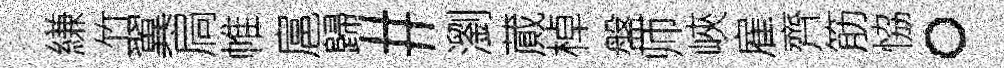
縑竹翼扃帷扈歸#瀏蕆棹盤师峽雇齊筋恊。